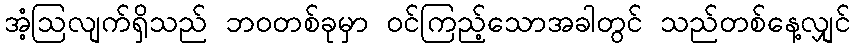
အံ့ဩလျက်ရှိသည် ဘဝတစ်ခုမှာ ဝင်ကြည့်သောအခါတွင် သည်တစ်နေ့လျှင်